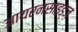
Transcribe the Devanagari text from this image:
आयरनसाइड्ज़